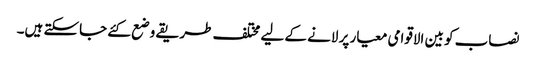
نصاب کو بین الاقوامی معیار پر لانے کے لیے مختلف طریقے وضع کئے جاسکتے ہیں۔